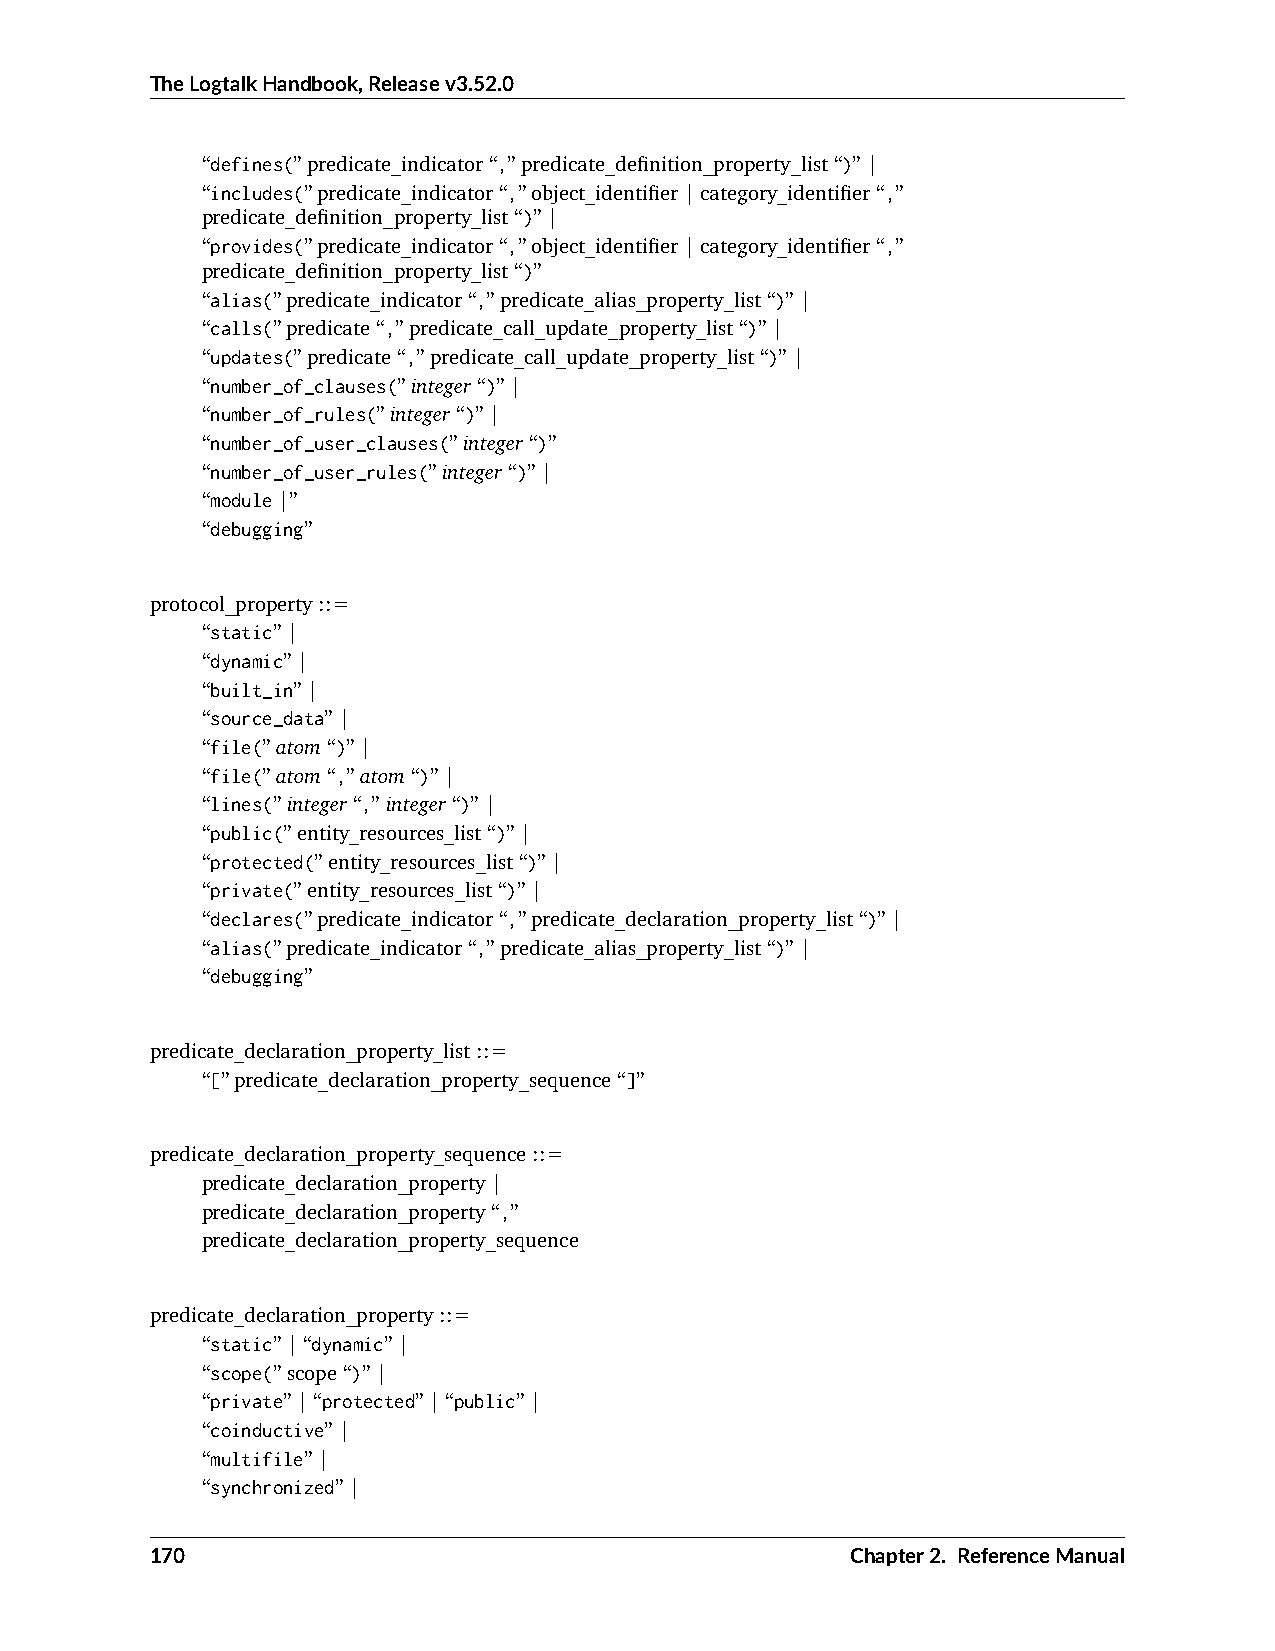
TheLogtalkHandbook,Releasev3.52.0
 “defines(”predicate_indicator“,”predicate_definition_property_list“)”|
 “includes(”predicate_indicator“,”object_identifier|category_identifier“,”
 predicate_definition_property_list“)”|
 “provides(”predicate_indicator“,”object_identifier|category_identifier“,”
 predicate_definition_property_list“)”
 “alias(”predicate_indicator“,”predicate_alias_property_list“)”|
 “calls(”predicate“,”predicate_call_update_property_list“)”|
 “updates(”predicate“,”predicate_call_update_property_list“)”|
 “number_of_clauses(”integer“)”|
 “number_of_rules(”integer“)”|
 “number_of_user_clauses(”integer“)”
 “number_of_user_rules(”integer“)”|
 “module|”
 “debugging”
 protocol_property::=
 “static”|
 “dynamic”|
 “built_in”|
 “source_data”|
 “file(”atom“)”|
 “file(”atom“,”atom“)”|
 “lines(”integer“,”integer“)”|
 “public(”entity_resources_list“)”|
 “protected(”entity_resources_list“)”|
 “private(”entity_resources_list“)”|
 “declares(”predicate_indicator“,”predicate_declaration_property_list“)”|
 “alias(”predicate_indicator“,”predicate_alias_property_list“)”|
 “debugging”
 predicate_declaration_property_list::=
 “[”predicate_declaration_property_sequence“]”
 predicate_declaration_property_sequence::=
 predicate_declaration_property|
 predicate_declaration_property“,”
 predicate_declaration_property_sequence
 predicate_declaration_property::=
 “static”|“dynamic”|
 “scope(”scope“)”|
 “private”|“protected”|“public”|
 “coinductive”|
 “multifile”|
 “synchronized”|
 170                                           Chapter2. ReferenceManual